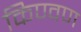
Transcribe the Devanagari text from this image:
किण्वण